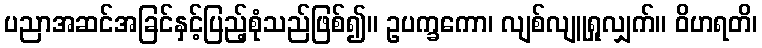
ပညာအဆင်အခြင်နှင့်ပြည့်စုံသည်ဖြစ်၍။ ဥပက္ခကော၊ လျစ်လျူရှုလျှက်။ ဝိဟရတိ၊